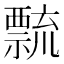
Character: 𥜆